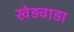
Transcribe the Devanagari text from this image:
खेड़वाड़ा